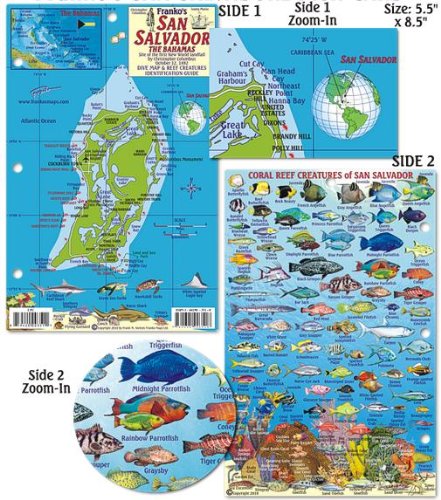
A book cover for San Salvador Island Bahamas Dive Map & Reef Creatures Guide Franko Maps Laminated Fish Card; Franko Maps Ltd.; Travel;